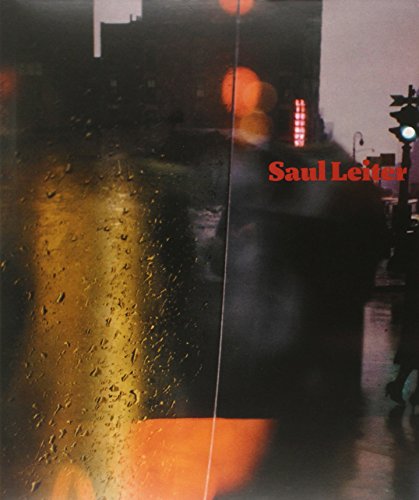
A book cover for Saul Leiter; Vince Aletti; Arts & Photography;